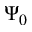
\Psi _ { 0 }